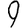
Digit: 9